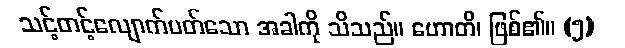
သင့်တင့်လျောက်ပတ်သော အခါကို သိသည်။ ဟောတိ၊ ဖြစ်၏။ (၅)